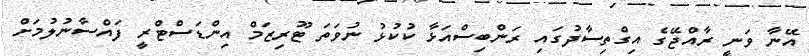
އޭނާ ވަނީ ރާއްޖޭގެ އިގްތިސާދުގައި ރަންބިސްއަޅާ ކުކުޅު ނުވަތަ ޓޫރިޒަމް އިންޑަސްޓްރީ ފައްސާނުލުމަށް